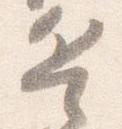
兵